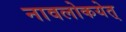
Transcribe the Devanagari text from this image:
नावलोकयेत्